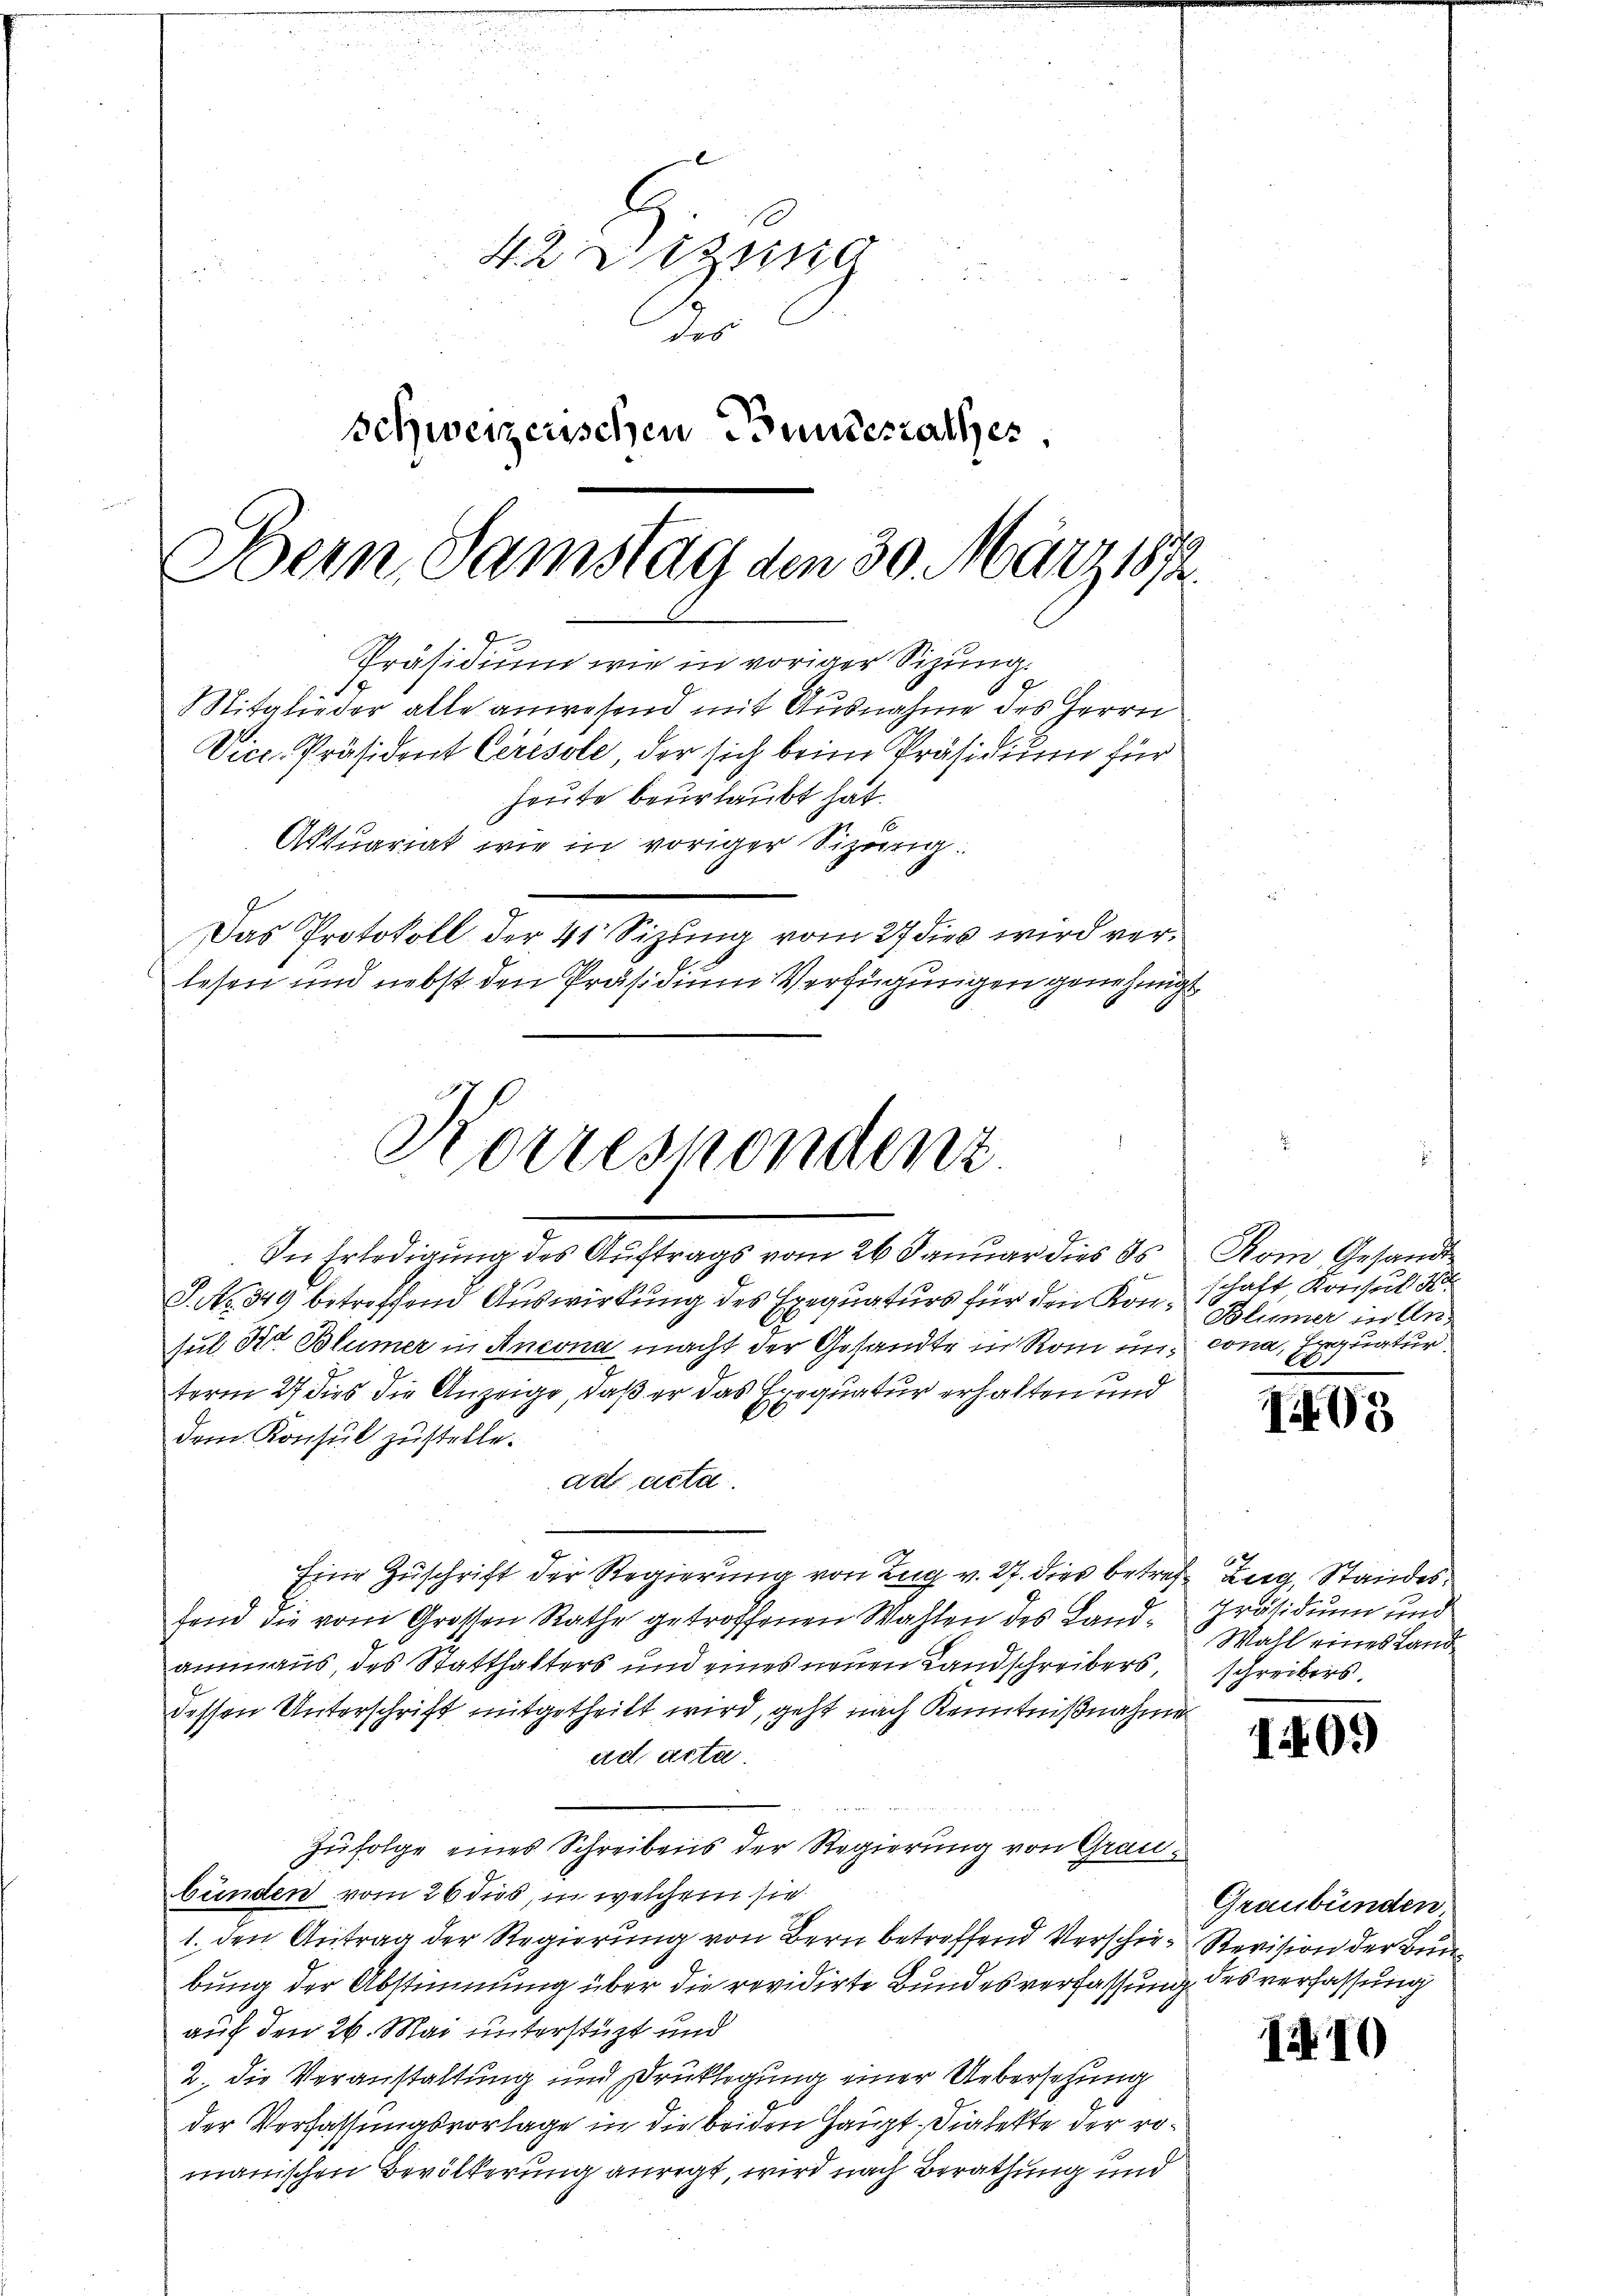
42 Dizung
des
schweizerischen Bundesrathes,
Bern, Samstag den 30. März 1872
Präsidium wie in voriger Sizung.
Mitglieder alle anwesend mit Ausnahme des Herrn
Vice-Präsident Ceresole, der sich beim Präsidium für
heute beurlaubt hat.
Aktuariat wir in voriger Sizung:
Das Protokoll der 41 Sizung vom 27 dies wird verlesen und nebst den Präsidium Verfügungen genehmigt

S. No 849 betreffend Auswirkung des Exequaturs für den Kon¬ Blümer in Arsul Kt. Blümer in Ancona macht der Gesandte in Rom in cona Erquatur.
term 27 dies die Anzeige, daß er das Exequatur erhalten und
0
dem Konsul zustelle.
ad acta.
Eine Zuschrift der Regierung von Zug v. 27. dies betref Zug, Standesfend die vom Grossen Rathe getroffenen Wahlen des Land-Präsidium und
aninaus, des Statthalters und eines neuen Landschreibers,
dessen Unterschrift mitgetheilt wird, geht nach Kenntnißnahme
ad acta.
Zufolge eines Schreibens der Regierung von Graubünden vom 26 dies, in welchem sie
1. den Antrag der Regierung von Bern betreffend Verschie-Revision der Bunbung der Abstimmung über die revidirte Bundesverfassung des verfassung
auf den 26. Mai unterstüzt und
2. Die Veranstaltung und Drucklegung einer Uebersetzung
der Verfassungsvorlage in die beiden Haupt, Dialekte der romanischen Bevölkerung anregt, wird nach Berathung und

Korrespondenz
In Erledigung des Auftrags vom 26. Januar dies ds Rom Gesandt

schaft Konsul Ko
1

I05

Wahl eines Land
schreibers

1409

Graubünden

I 10